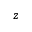
z